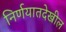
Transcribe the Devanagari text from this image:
निर्णयातदेखील